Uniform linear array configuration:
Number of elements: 8
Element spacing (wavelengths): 0.75
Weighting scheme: blackman
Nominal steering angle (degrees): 45
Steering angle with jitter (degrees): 44.862
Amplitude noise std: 0.05
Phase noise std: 0.05

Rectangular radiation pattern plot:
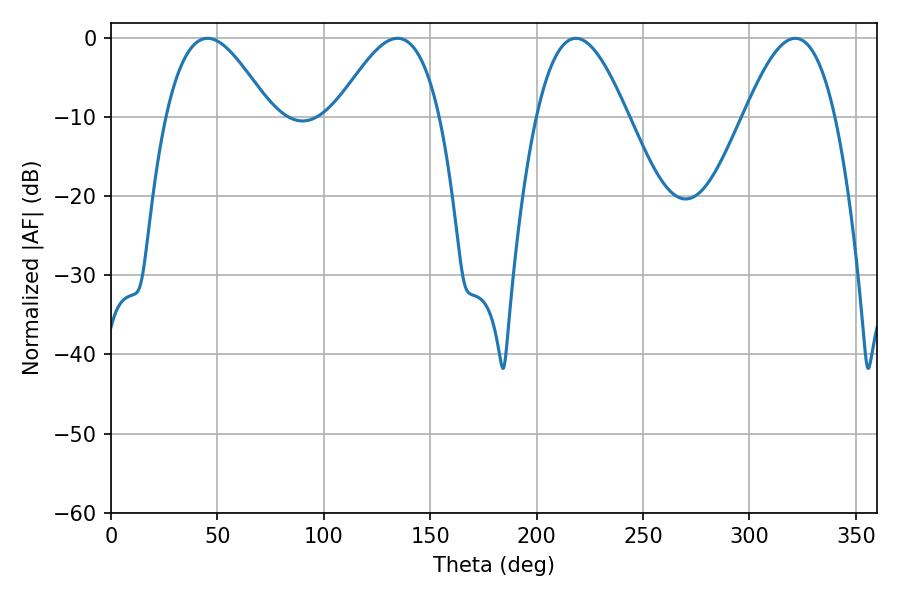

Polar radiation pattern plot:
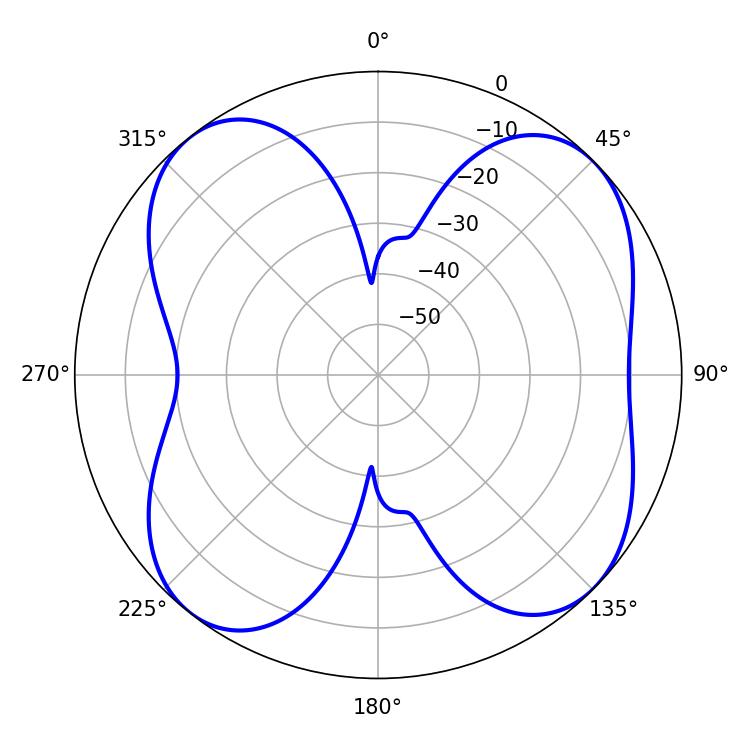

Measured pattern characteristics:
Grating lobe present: TRUE
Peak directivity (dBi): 9.833
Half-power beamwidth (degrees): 26.46
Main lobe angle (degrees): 45.36